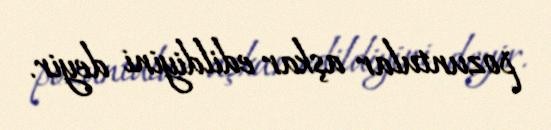
pozuntular aşkar edildiyini deyir.